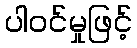
ပါဝင်မှုဖြင့်